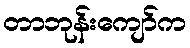
တာဘုန်းကျော်က